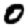
Digit: 0